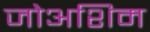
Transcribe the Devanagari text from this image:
जोअशिम